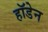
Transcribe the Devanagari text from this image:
हॉडेन